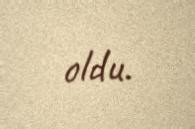
oldu.